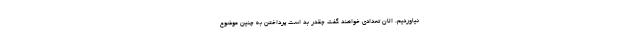
نیاوردیم. الان تعدادی خواهند گفت چقدر بد است پرداختن به چنین موضوع